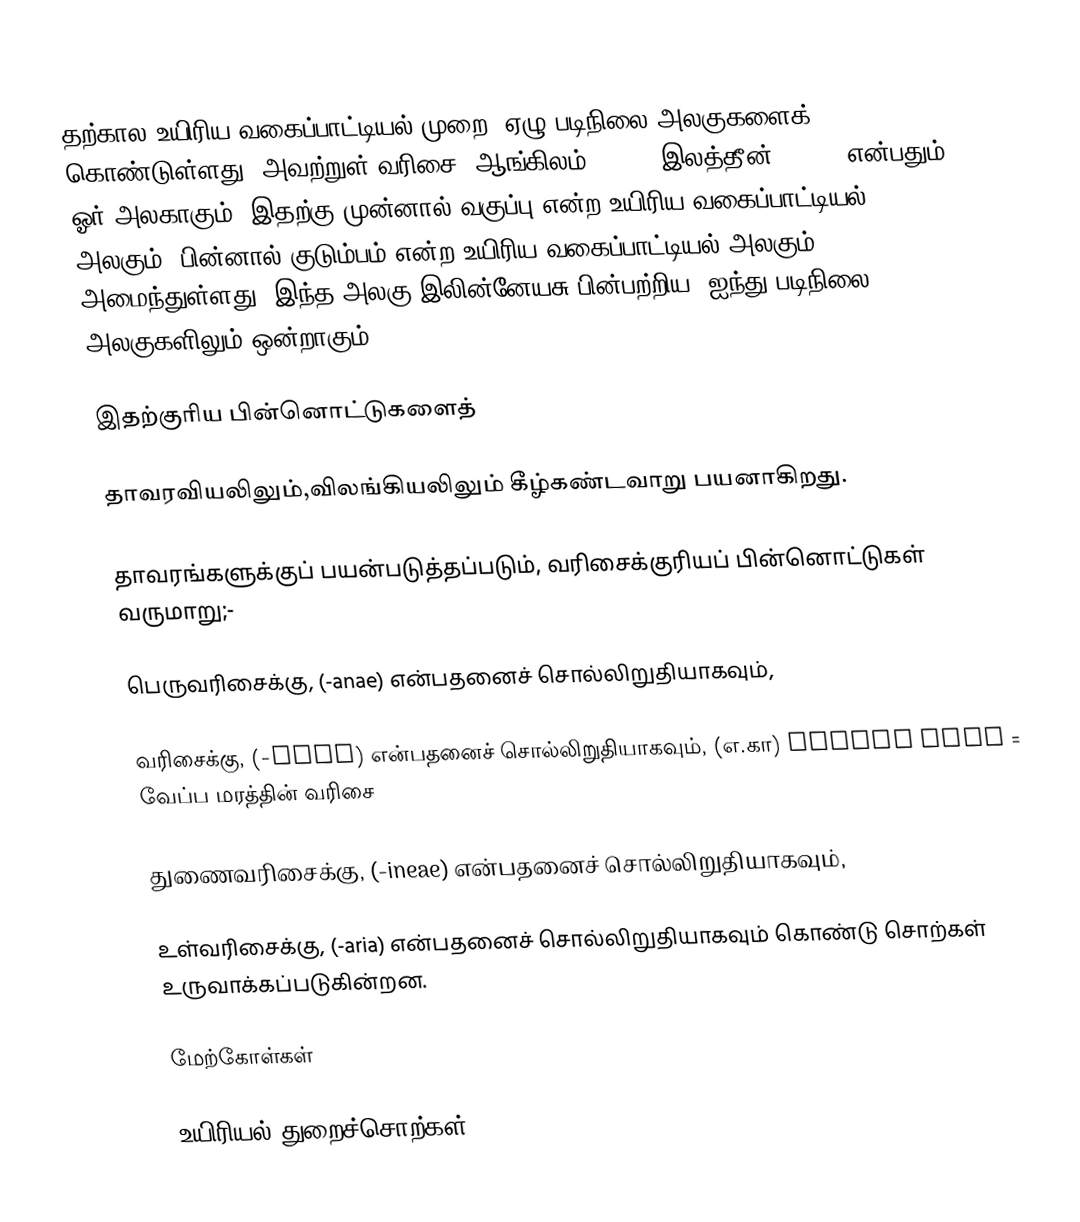
தற்கால உயிரிய வகைப்பாட்டியல் முறை, ஏழு படிநிலை அலகுகளைக் (taxon) கொண்டுள்ளது. அவற்றுள் வரிசை (ஆங்கிலம்:order, இலத்தீன்: ordo) என்பதும், ஓர் அலகாகும். இதற்கு முன்னால் வகுப்பு என்ற உயிரிய வகைப்பாட்டியல் அலகும், பின்னால் குடும்பம் என்ற உயிரிய வகைப்பாட்டியல் அலகும் அமைந்துள்ளது. இந்த அலகு இலின்னேயசு பின்பற்றிய, ஐந்து படிநிலை அலகுகளிலும் ஒன்றாகும்.

இதற்குரிய பின்னொட்டுகளைத்

தாவரவியலிலும்,விலங்கியலிலும் கீழ்கண்டவாறு பயனாகிறது.

தாவரங்களுக்குப் பயன்படுத்தப்படும், வரிசைக்குரியப் பின்னொட்டுகள் வருமாறு;-

பெருவரிசைக்கு, (-anae) என்பதனைச் சொல்லிறுதியாகவும்,

வரிசைக்கு, (-ales) என்பதனைச் சொல்லிறுதியாகவும், (எ.கா) Sapind  ales = வேப்ப மரத்தின் வரிசை

துணைவரிசைக்கு, (-ineae) என்பதனைச் சொல்லிறுதியாகவும்,

உள்வரிசைக்கு, (-aria) என்பதனைச் சொல்லிறுதியாகவும் கொண்டு சொற்கள் உருவாக்கப்படுகின்றன.

மேற்கோள்கள்

உயிரியல் துறைச்சொற்கள்